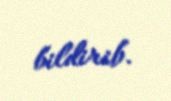
bildirib.